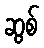
ဆွစ်